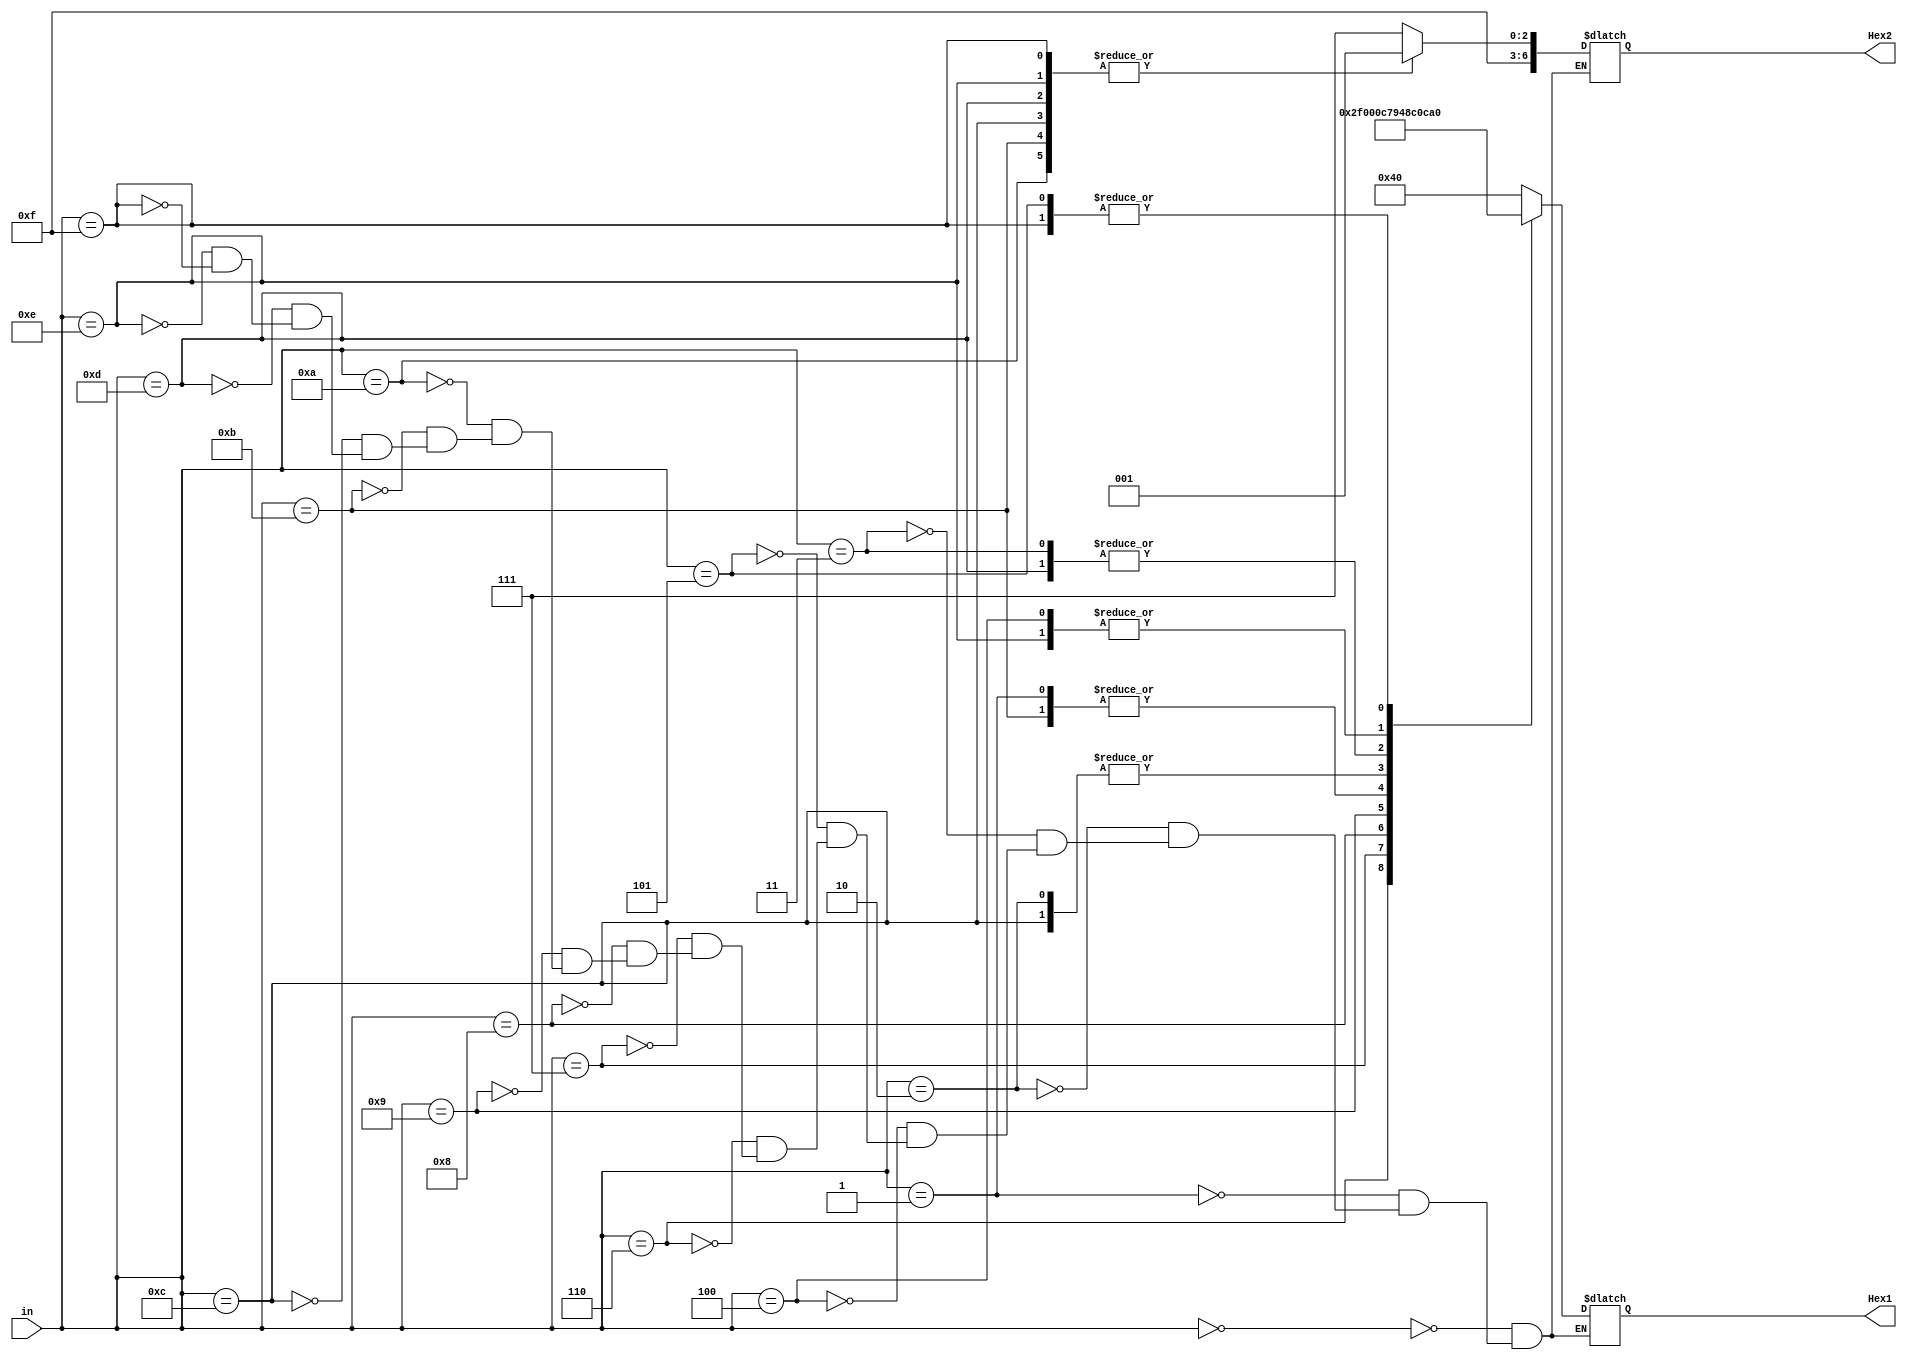
module ScoreDecoder(in, Hex2, Hex1);
input [4:0]in;
output reg [6:0] Hex2,Hex1;

	parameter zero = 7'b1000000;
	parameter one = 7'b1111001;
	parameter two = 7'b0100100;
	parameter three = 7'b0110000;
	parameter four = 7'b0011001;
	parameter five = 7'b0010010;
	parameter six = 7'b0000010;
	parameter seven = 7'b1111000;
	parameter eight = 7'b0000000;
	parameter nine = 7'b0011000;
		
	parameter blank = 7'b1111111;
	
	always@(*) begin
	case(in)
		0:		begin
				Hex1 <= zero;
				Hex2 <= blank;
				end
		1:		begin
				Hex1 <= one;
				Hex2 <= blank;
				end
		2:		begin
				Hex1 <= two;
				Hex2 <= blank;
				end
		3:		begin
				Hex1 <= three;
				Hex2 <= blank;
				end
		4:		begin
				Hex1 <= four;
				Hex2 <= blank;
				end
		5:		begin
				Hex1 <= five;
				Hex2 <= blank;
				end
		6:		begin
				Hex1 <= six;
				Hex2 <= blank;
				end
		7:		begin
				Hex1 <= seven;
				Hex2 <= blank;
				end
		8:		begin
				Hex1 <= eight;
				Hex2 <= blank;
				end
		9:		begin
				Hex1 <= nine;
				Hex2 <= blank;
				end
		10:	begin
				Hex1 <= zero;
				Hex2 <= one;
				end
		11:	begin
				Hex1 <= one;
				Hex2 <= one;
				end
		12:	begin
				Hex1 <= two;
				Hex2 <= one;
				end
		13:	begin
				Hex1 <= three;
				Hex2 <= one;
				end
		14:	begin
				Hex1 <= four;
				Hex2 <= one;
				end
		15:	begin
				Hex1 <= five;
				Hex2 <= one;
				end
	endcase
	end
	
	endmodule